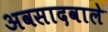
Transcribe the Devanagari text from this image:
अवसादवाले